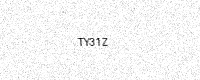
Text: TY31Z